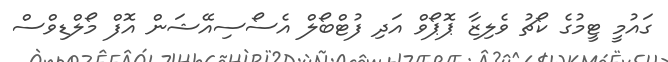
ގައުމީ ޓީމުގެ ކޯޗު ވެލިޒާ ޕޮޕޯވް އަދި ފުޓްބޯލް އެސޯސިއޭޝަން އޮފް މޯލްޑިވްސް